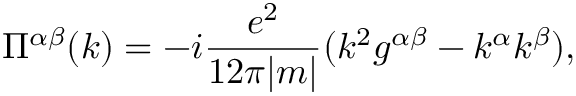
\Pi ^ { \alpha \beta } ( k ) = - i \frac { e ^ { 2 } } { 1 2 \pi | m | } ( k ^ { 2 } g ^ { \alpha \beta } - k ^ { \alpha } k ^ { \beta } ) ,